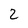
Character: 2